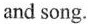
and song.